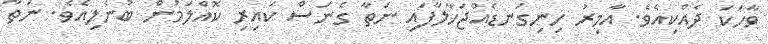
ވާހަކަ ދެއްކިއެވެ. އާމިރު ހިނިގަނޑެއްޖަހާލާފައި ނަތާ ގެނަސް ކައިރި ކޮއްލަމުން ބުނެލިއެވެ. ނަތާ